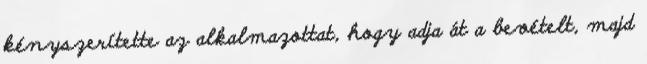
kényszerítette az alkalmazottat, hogy adja át a bevételt, majd